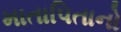
માતાપિતાનો